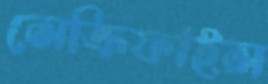
সেক্রিফাইস